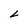
Character: L